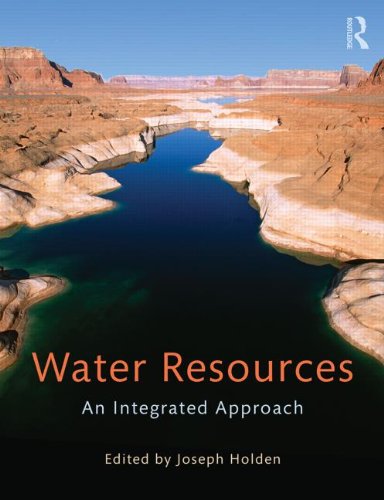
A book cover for Water Resources: An Integrated Approach; Science & Math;